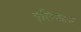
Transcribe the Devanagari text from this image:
एलिफ़ास